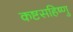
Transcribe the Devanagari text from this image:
कष्टसहिष्णु